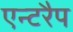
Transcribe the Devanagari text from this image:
एन्टरैप